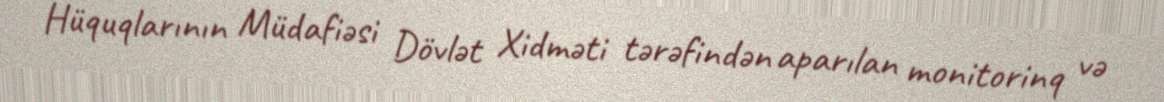
Hüquqlarının Müdafiəsi Dövlət Xidməti tərəfindən aparılan monitorinq və